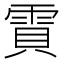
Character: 𮦒